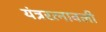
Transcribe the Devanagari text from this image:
यंत्ररत्नावली